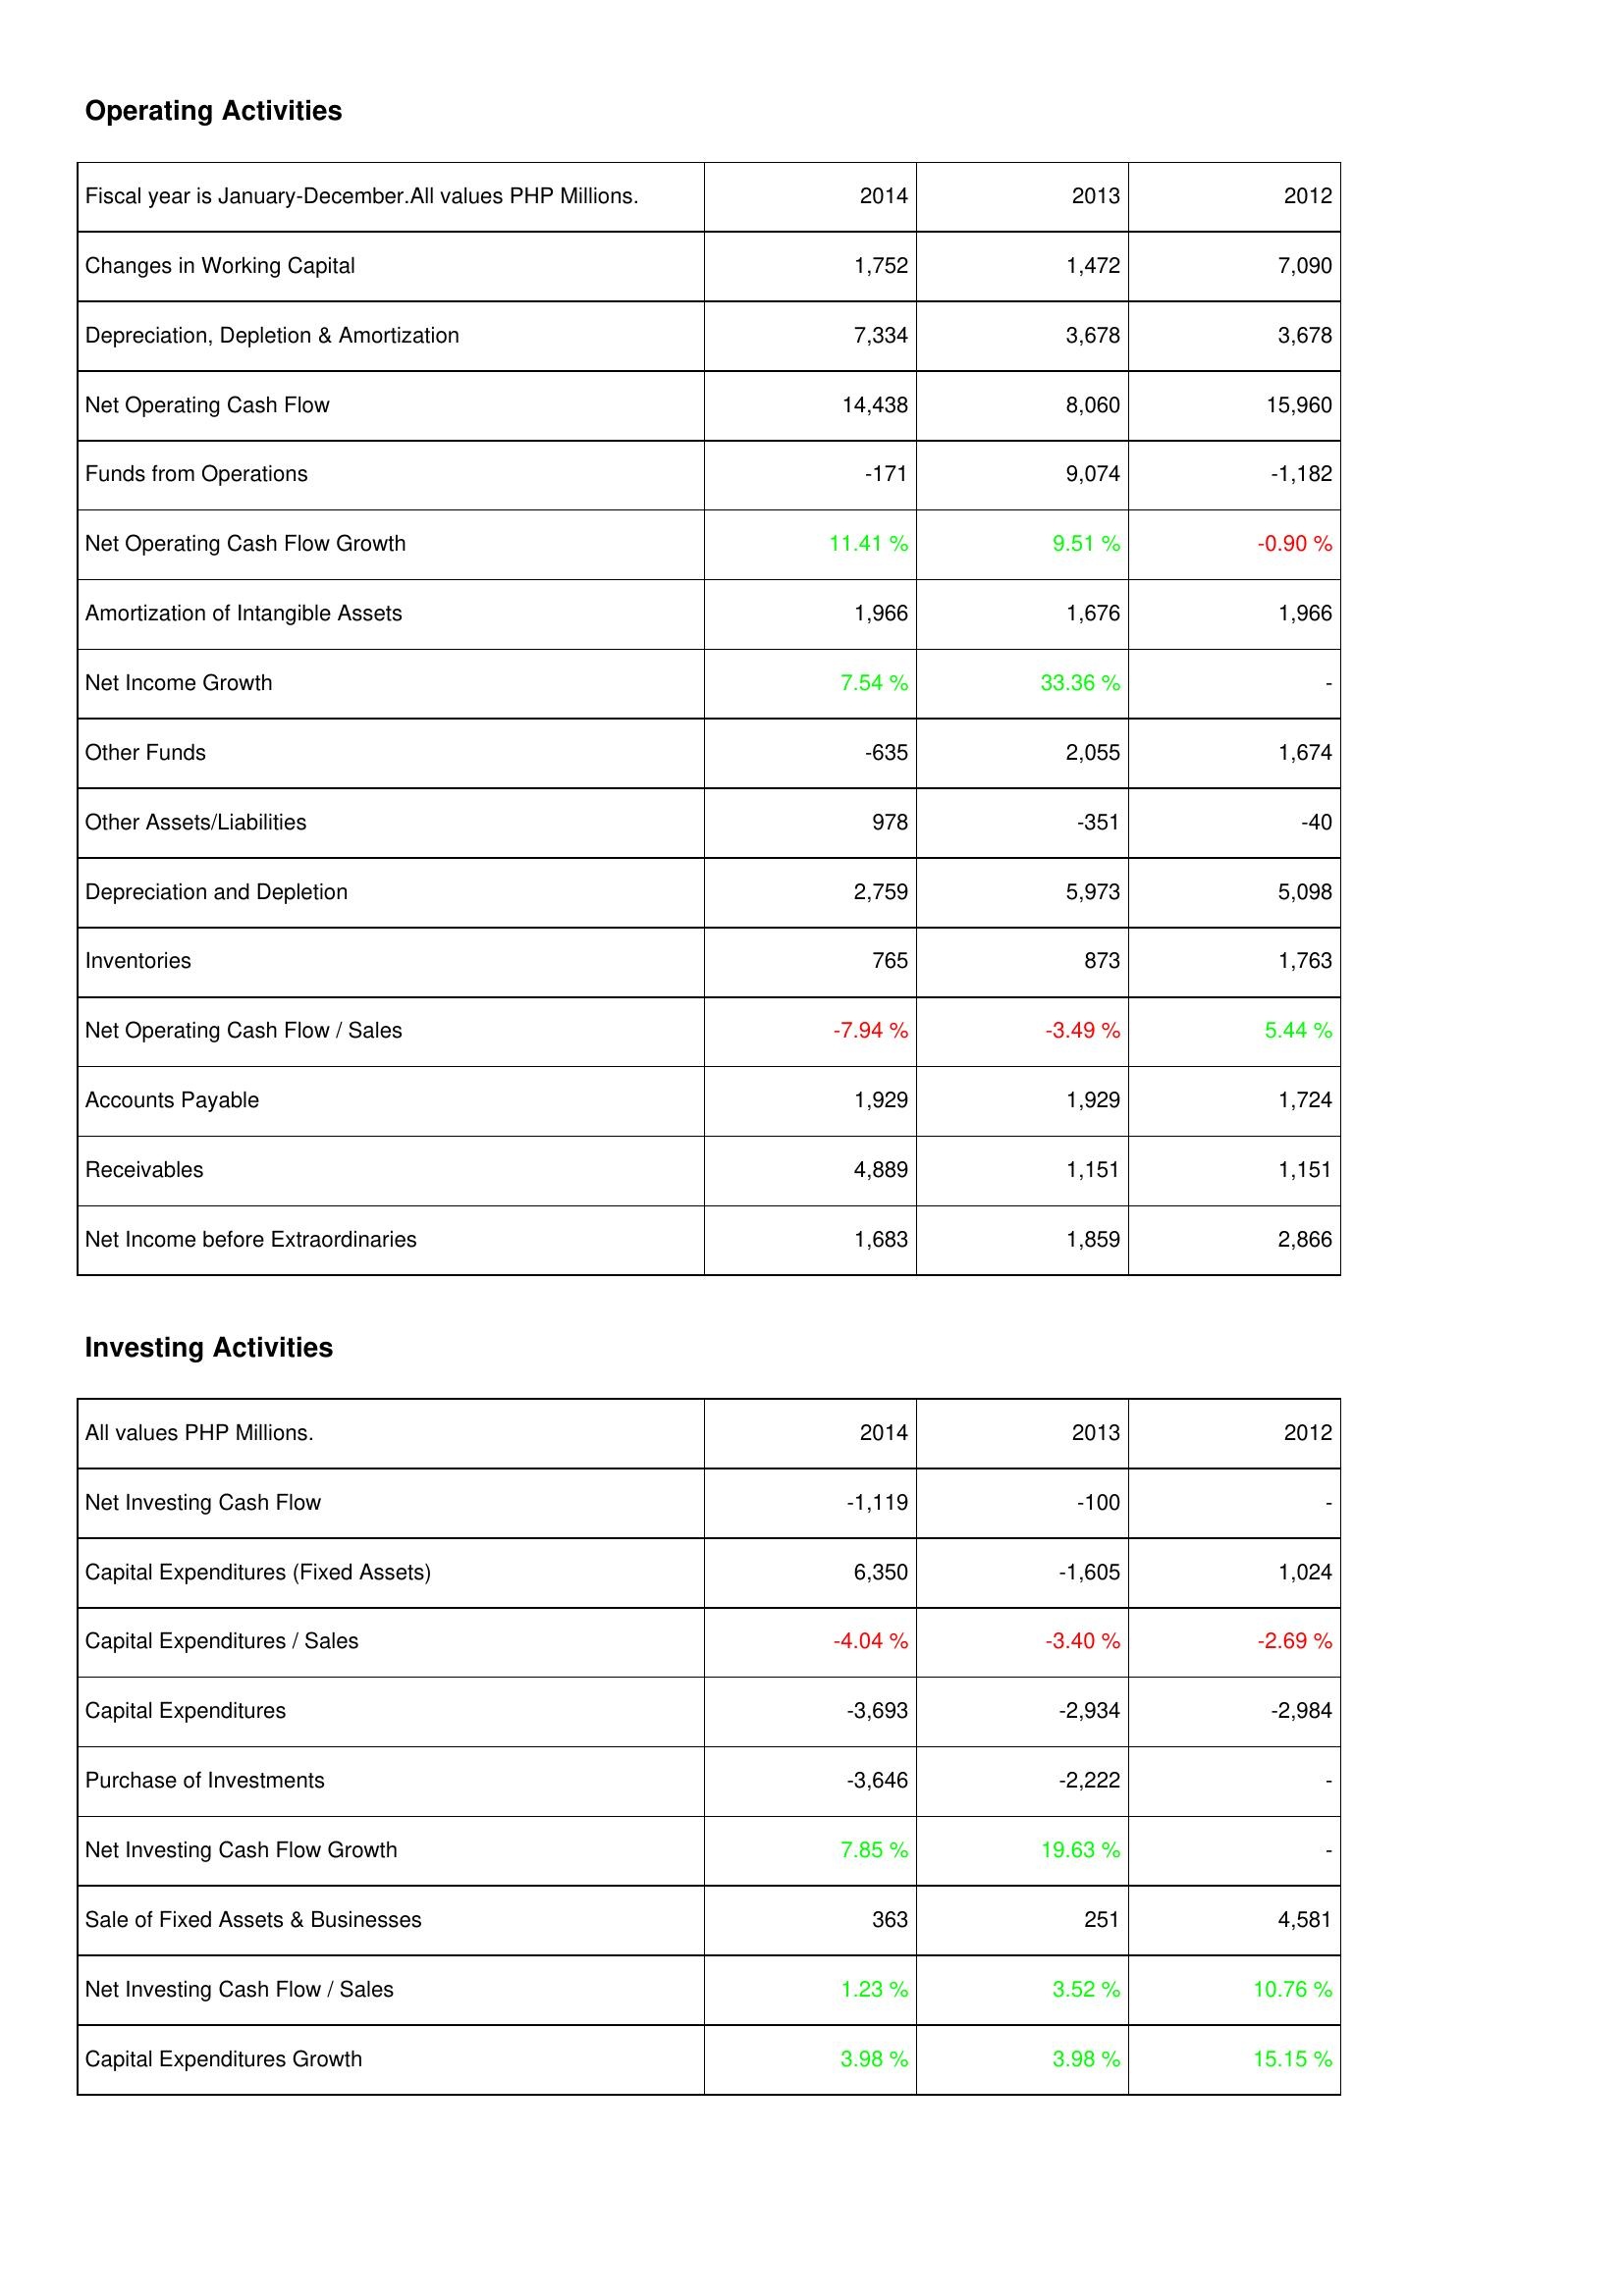
2014: Operating Activities: Changes in Working Capital: 1,752
Depreciation, Depletion & Amortization: 7,334
Net Operating Cash Flow: 14,438
Funds from Operations: -171
Net Operating Cash Flow Growth: 11.41 %
Amortization of Intangible Assets: 1,966
Net Income Growth: 7.54 %
Other Funds: -635
Other Assets/Liabilities: 978
Depreciation and Depletion: 2,759
Inventories: 765
Net Operating Cash Flow / Sales: -7.94 %
Accounts Payable: 1,929
Receivables: 4,889
Net Income before Extraordinaries: 1,683
Investing Activities: Net Investing Cash Flow: -1,119
Capital Expenditures (Fixed Assets): 6,350
Capital Expenditures / Sales: -4.04 %
Capital Expenditures: -3,693
Purchase of Investments: -3,646
Net Investing Cash Flow Growth: 7.85 %
Sale of Fixed Assets & Businesses: 363
Net Investing Cash Flow / Sales: 1.23 %
Capital Expenditures Growth: 3.98 %
2013: Operating Activities: Changes in Working Capital: 1,472
Depreciation, Depletion & Amortization: 3,678
Net Operating Cash Flow: 8,060
Funds from Operations: 9,074
Net Operating Cash Flow Growth: 9.51 %
Amortization of Intangible Assets: 1,676
Net Income Growth: 33.36 %
Other Funds: 2,055
Other Assets/Liabilities: -351
Depreciation and Depletion: 5,973
Inventories: 873
Net Operating Cash Flow / Sales: -3.49 %
Accounts Payable: 1,929
Receivables: 1,151
Net Income before Extraordinaries: 1,859
Investing Activities: Net Investing Cash Flow: -100
Capital Expenditures (Fixed Assets): -1,605
Capital Expenditures / Sales: -3.40 %
Capital Expenditures: -2,934
Purchase of Investments: -2,222
Net Investing Cash Flow Growth: 19.63 %
Sale of Fixed Assets & Businesses: 251
Net Investing Cash Flow / Sales: 3.52 %
Capital Expenditures Growth: 3.98 %
2012: Operating Activities: Changes in Working Capital: 7,090
Depreciation, Depletion & Amortization: 3,678
Net Operating Cash Flow: 15,960
Funds from Operations: -1,182
Net Operating Cash Flow Growth: -0.90 %
Amortization of Intangible Assets: 1,966
Net Income Growth: -
Other Funds: 1,674
Other Assets/Liabilities: -40
Depreciation and Depletion: 5,098
Inventories: 1,763
Net Operating Cash Flow / Sales: 5.44 %
Accounts Payable: 1,724
Receivables: 1,151
Net Income before Extraordinaries: 2,866
Investing Activities: Net Investing Cash Flow: -
Capital Expenditures (Fixed Assets): 1,024
Capital Expenditures / Sales: -2.69 %
Capital Expenditures: -2,984
Purchase of Investments: -
Net Investing Cash Flow Growth: -
Sale of Fixed Assets & Businesses: 4,581
Net Investing Cash Flow / Sales: 10.76 %
Capital Expenditures Growth: 15.15 %